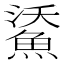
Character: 𩷯